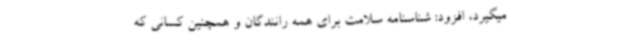
میگیرد، افزود: شناسنامه سلامت برای همه رانندگان و همچنین کسانی که